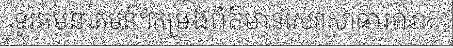
ទូរគមនាគមន៍។កម្រងព័ត៌មានសេវាសាធារណៈ